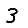
Digit: 3